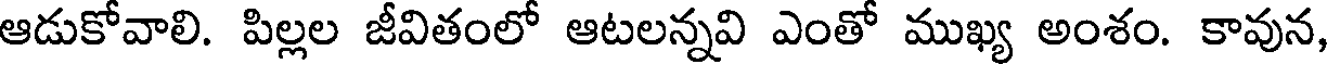
ఆడుకోవాలి. పిల్లల జీవితంలో ఆటలన్నవి ఎంతో ముఖ్య అంశం. కావున,